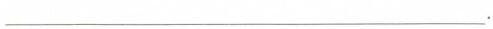
___.